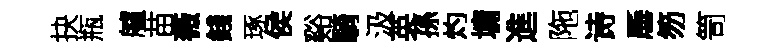
抉瓶艫苗薇錢琢侯谿騎汲英孫灼墉進陁诗厜笏笥